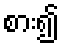
စား၍